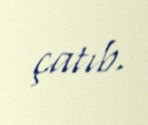
çatıb.